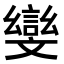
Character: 𭤛